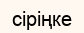
сіріңке